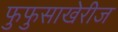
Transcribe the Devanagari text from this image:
फुफुसाखेरीज